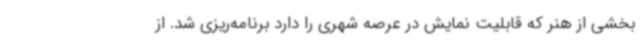
بخشی از هنر که قابلیت نمایش در عرصه شهری را دارد برنامه‌ریزی شد. از